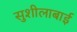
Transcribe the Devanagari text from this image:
सुशीलाबाई